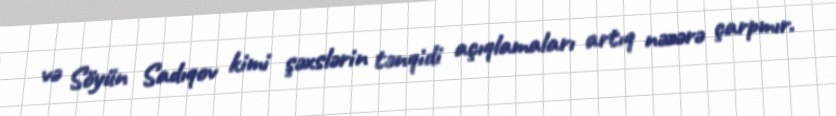
və Söyün Sadıqov kimi şəxslərin tənqidi açıqlamaları artıq nəzərə çarpmır.